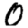
Digit: 0